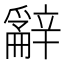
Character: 𨐲